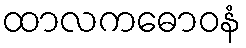
ထာလကဓောဝနံ